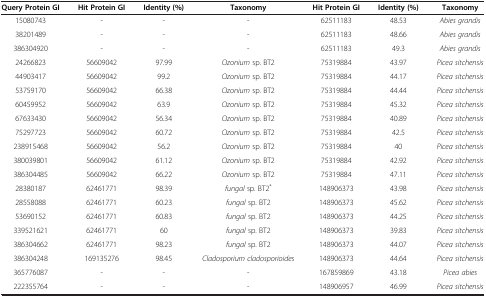
<table><thead><tr><td><b>Query Protein GI</b></td><td><b>Hit Protein GI</b></td><td><b>Identity (%)</b></td><td><b>Taxonomy</b></td><td><b>Hit Protein GI</b></td><td><b>Identity (%)</b></td><td><b>Taxonomy</b></td></tr></thead><tbody><tr><td>15080743</td><td>-</td><td>-</td><td>-</td><td>62511183</td><td>48.53</td><td><i>Abies grandis</i></td></tr><tr><td>38201489</td><td>-</td><td>-</td><td>-</td><td>62511183</td><td>48.66</td><td><i>Abies grandis</i></td></tr><tr><td>386304920</td><td>-</td><td>-</td><td>-</td><td>62511183</td><td>49.3</td><td><i>Abies grandis</i></td></tr><tr><td>24266823</td><td>56609042</td><td>97.99</td><td><i>Ozonium</i> sp. BT2</td><td>75319884</td><td>43.97</td><td><i>Picea sitchensis</i></td></tr><tr><td>44903417</td><td>56609042</td><td>99.2</td><td><i>Ozonium</i> sp. BT2</td><td>75319884</td><td>44.17</td><td><i>Picea sitchensis</i></td></tr><tr><td>53759170</td><td>56609042</td><td>66.38</td><td><i>Ozonium</i> sp. BT2</td><td>75319884</td><td>44.44</td><td><i>Picea sitchensis</i></td></tr><tr><td>60459952</td><td>56609042</td><td>63.9</td><td><i>Ozonium</i> sp. BT2</td><td>75319884</td><td>45.32</td><td><i>Picea sitchensis</i></td></tr><tr><td>67633430</td><td>56609042</td><td>56.34</td><td><i>Ozonium</i> sp. BT2</td><td>75319884</td><td>40.89</td><td><i>Picea sitchensis</i></td></tr><tr><td>75297723</td><td>56609042</td><td>60.72</td><td><i>Ozonium</i> sp. BT2</td><td>75319884</td><td>42.5</td><td><i>Picea sitchensis</i></td></tr><tr><td>238915468</td><td>56609042</td><td>56.2</td><td><i>Ozonium</i> sp. BT2</td><td>75319884</td><td>40</td><td><i>Picea sitchensis</i></td></tr><tr><td>380039801</td><td>56609042</td><td>61.12</td><td><i>Ozonium</i> sp. BT2</td><td>75319884</td><td>42.92</td><td><i>Picea sitchensis</i></td></tr><tr><td>386304485</td><td>56609042</td><td>66.22</td><td><i>Ozonium</i> sp. BT2</td><td>75319884</td><td>47.11</td><td><i>Picea sitchensis</i></td></tr><tr><td>28380187</td><td>62461771</td><td>98.39</td><td><i>fungal</i> sp. BT2<sup>*</sup></td><td>148906373</td><td>43.98</td><td><i>Picea sitchensis</i></td></tr><tr><td>28558088</td><td>62461771</td><td>60.23</td><td><i>fungal</i> sp. BT2</td><td>148906373</td><td>45.62</td><td><i>Picea sitchensis</i></td></tr><tr><td>53690152</td><td>62461771</td><td>60.83</td><td><i>fungal</i> sp. BT2</td><td>148906373</td><td>44.25</td><td><i>Picea sitchensis</i></td></tr><tr><td>339521621</td><td>62461771</td><td>60</td><td><i>fungal</i> sp. BT2</td><td>148906373</td><td>39.83</td><td><i>Picea sitchensis</i></td></tr><tr><td>386304662</td><td>62461771</td><td>98.23</td><td><i>fungal</i> sp. BT2</td><td>148906373</td><td>44.07</td><td><i>Picea sitchensis</i></td></tr><tr><td>386304248</td><td>169135276</td><td>98.45</td><td><i>Cladosporium cladosporioides</i></td><td>148906373</td><td>44.64</td><td><i>Picea sitchensis</i></td></tr><tr><td>365776087</td><td>-</td><td>-</td><td>-</td><td>167859869</td><td>43.18</td><td><i>Picea abies</i></td></tr><tr><td>222355764</td><td>-</td><td>-</td><td>-</td><td>148906957</td><td>46.99</td><td><i>Picea sitchensis</i></td></tr></tbody></table>